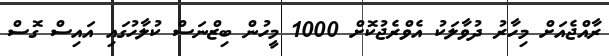
ރާއްޖެއަށް މިހާރު ދުވާލަކު އެވްރެޖުކޮށް 1000 މީހުން ބިޒްނަސް ކުލާހުގައި އައިސް ގޮސް